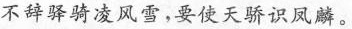
不辞驿骑凌风雪，要使天骄识凤麟。